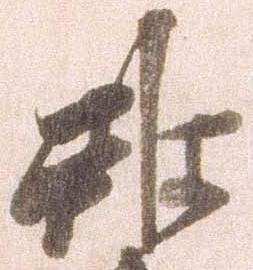
雖